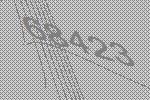
68423